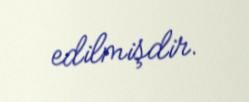
edilmişdir.